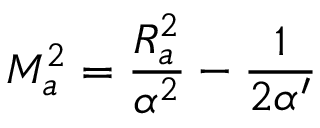
M _ { a } ^ { 2 } = \frac { R _ { a } ^ { 2 } } { \alpha ^ { 2 } } - \frac { 1 } { 2 \alpha ^ { \prime } }